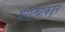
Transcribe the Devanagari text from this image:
मराठ्याकडून